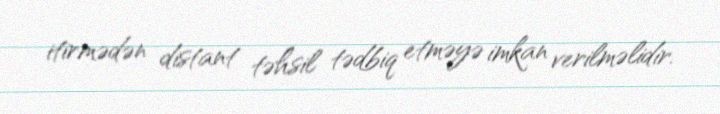
itirmədən distant təhsil tədbiq etməyə imkan verilməlidir.